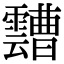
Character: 𩆦